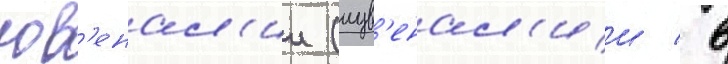
юв'енал'ии (иув'енал'ии / в